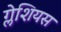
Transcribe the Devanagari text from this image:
ग्लेशियस